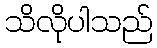
သိလိုပါသည်